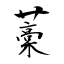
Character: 藳